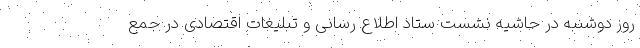
روز دوشنبه در حاشیه نشست ستاد اطلاع رسانی و تبلیغات اقتصادی در جمع